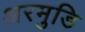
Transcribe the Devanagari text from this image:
अरमुडि